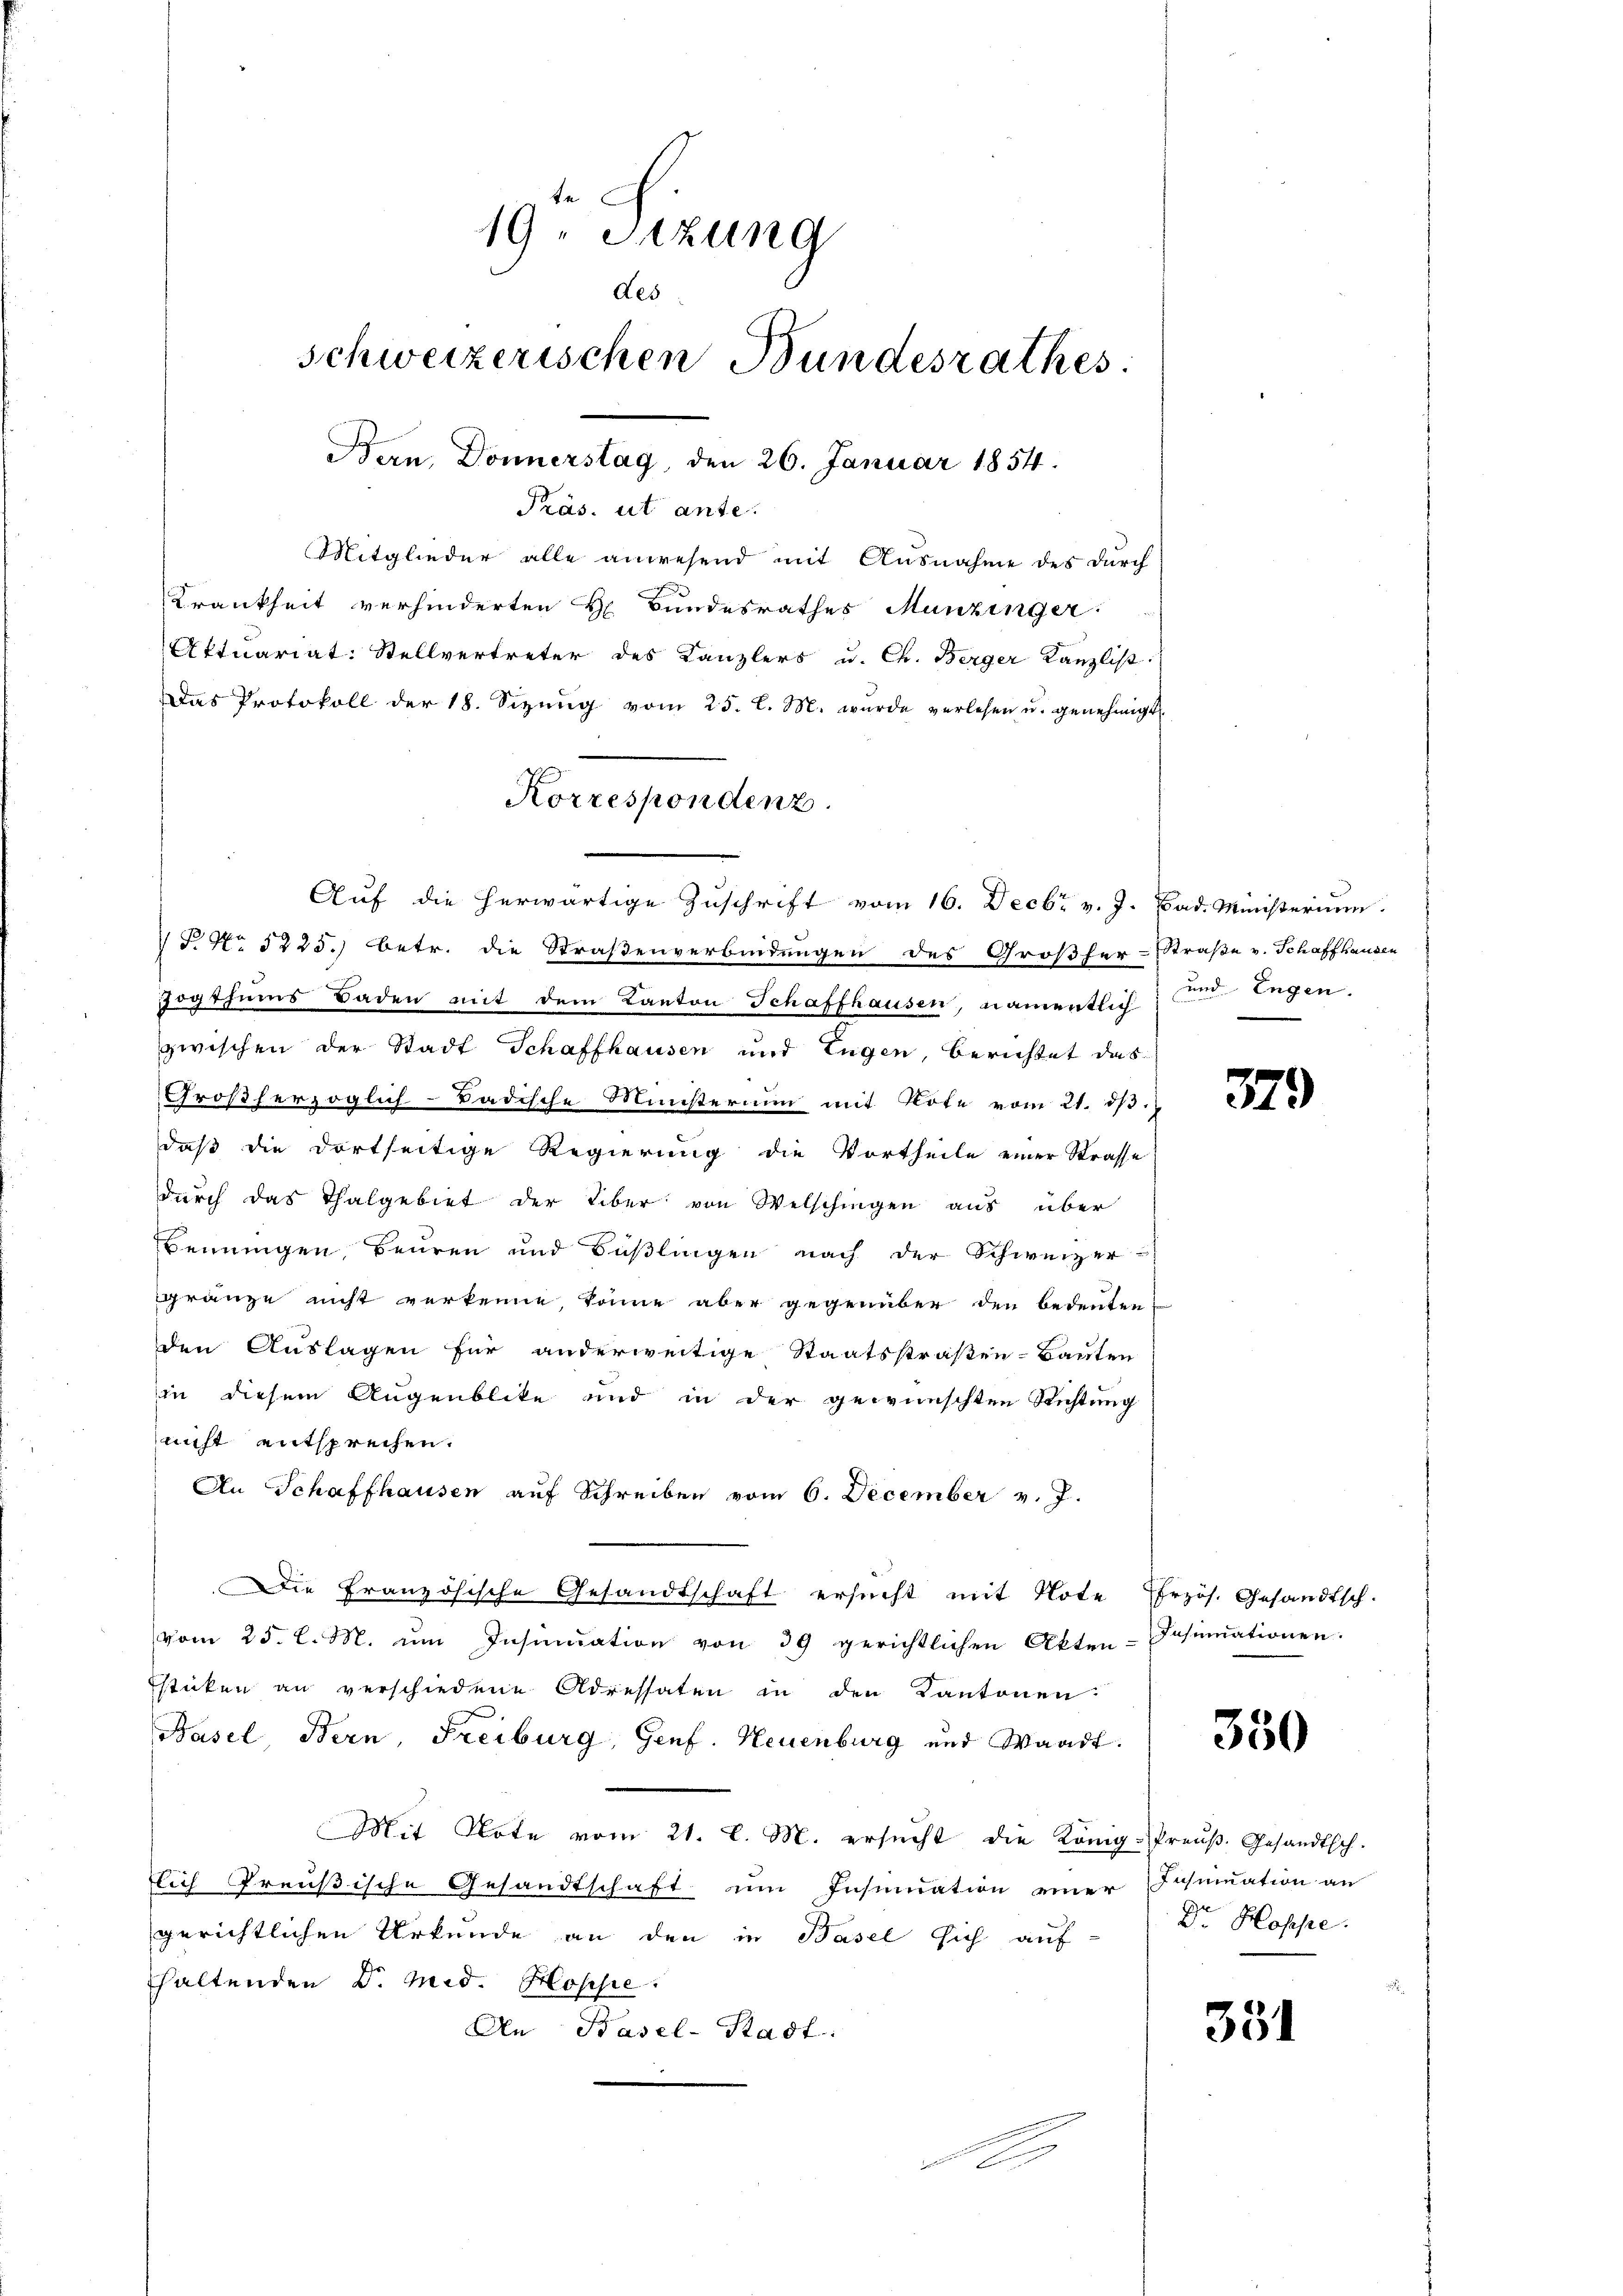
te
19. Sitzung
des
schweizerischen Bundesrathes
Ban, Donnerstag, den 26. Januar 1854.
Präs. ut ante.
Mitglieder alle anwesend mit Ausnahme des durch
Krankheit verhinderten H. Bundesrathes Munzinger:
Aktuariat: Stellvertreter des Kanzlers u. Ch. Berger Kanzlist
Das Protokoll der 18. Sizŭng vom 25. l. M. wurde verlesen u. genehmigt.

Korrespondenz.

Auf die herwärtige Zuschrift vom 16. Decbr v. J. Bad. Ministerium
 P. Nr. 1225.) betr. die Straßenverbindungen des Großher-Straße v. Schaffhausen
Jogthums Baden mit dem Kanton Schaffhausen, namentlich
zwischen der Stadt Schaffhausen und Eugen, berichtet das
Großherzoglich-Badische Ministerium mit Note vom 21. ds.
daß die dortseitige Regierung die Vortheile einer Strasse
durch das Thalgebiet der über von Welschingen aus über
Benungen Beuren und Füßlingen nach der Schweizer-
gränze nicht verkenne, könne aber gegenüber den bedeuten
den Auslagen für anderweitige Staatsstraßen-Bauten
in diesem Augenblike und in der gewünschten Richtung
nicht entsprechen.
An Schaffhausen auf Schreiben vom 6. December v. J.
Die Französische Gesandtschaft ersucht mit Note frzös. Gesandtsch.
vom 25. d. M. um Insinuation von 39 gerichtlichen Akten-Insinuationen.
stücken an verschiedene Adressaten in den Kantonen.
Basel, Bern, Freiburg, Genf. Neuenburg und Waadt.
Mit Note vom 21. l. M. ersŭcht die König. Preŭβ.Gesandtsch-
lich Preußische Gesandtschaft im Insinuation einer Schmuation an
gerichtlichen Urkunde an den in Basel sich auf
haltenden Dr. Mid. Hoppe
An Basel-Stadt:

d

und Engen.

379

350

Dr. Hoppe

351